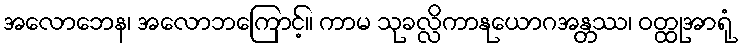
အလောဘေန၊ အလောဘကြောင့်။ ကာမ သုခလ္လိကာနုယောဂအန္တဿ၊ ဝတ္ထုအာရုံ